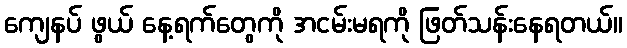
ကျေနပ် ဖွယ် နေ့ရက်တွေကို အငမ်းမရကို ဖြတ်သန်းနေရတယ်။